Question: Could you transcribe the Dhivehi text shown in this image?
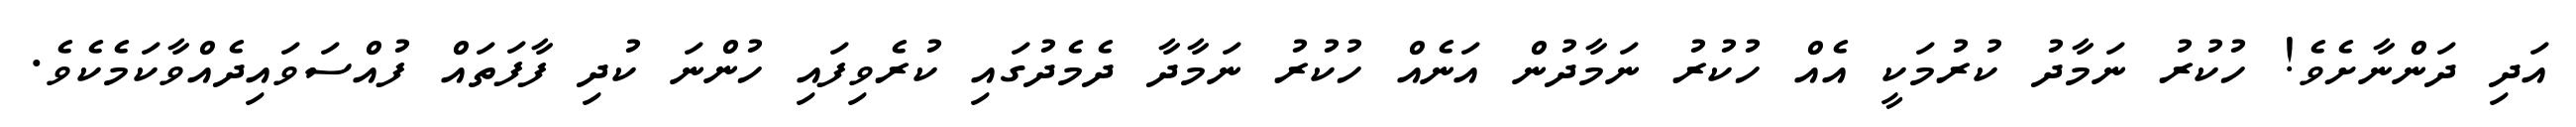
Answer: އަދި ދަންނާށެވެ! ހުކުރު ނަމާދު ކުރުމަކީ އެއް ހުކުރު ނަމާދުން އަނެއް ހުކުރު ނަމާދާ ދެމެދުގައި ކުރެވިފައި ހުންނަ ކުދި ފާފަތައް ފުއްސަވައިދެއްވާކަމެކެވެ.